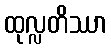
ထုလ္လတိဿာ